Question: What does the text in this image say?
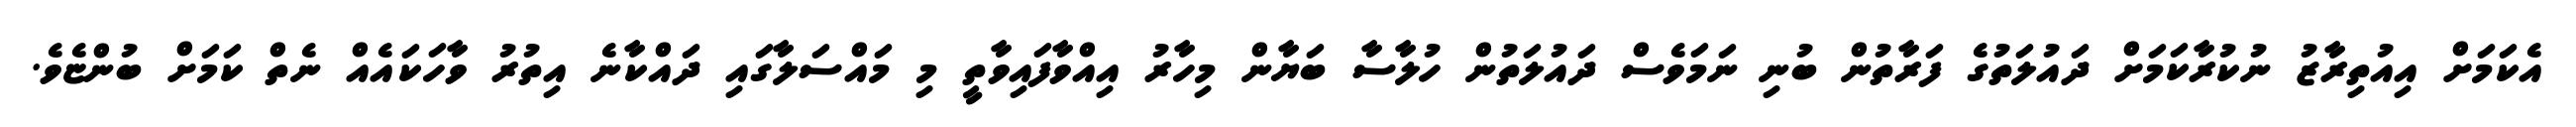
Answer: އެކަމަށް އިއުތިރާޒު ނުކުރާކަމަށް ދައުލަތުގެ ފަރާތުން ބުނި ނަމަވެސް ދައުލަތުން ހުލާސާ ބަޔާން މިހާރު އިއްވާފައިވާތީ މި މައްސަލާގައި ދައްކާނެ އިތުރު ވާހަކައެއް ނެތް ކަމަށް ބުންޏެވެ.